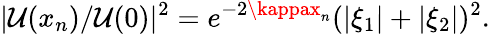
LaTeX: |\mathcal{U}(x_{n})/\mathcal{U}(0)|^{2}=e^{-2\kappax_{n}}(|\xi_{1}|+|\xi_{2}|)^{2}.